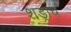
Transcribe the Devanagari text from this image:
शड्राच